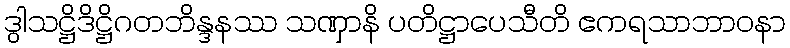
ဒွါသဋ္ဌိဒိဋ္ဌိဂတဘိန္ဒနဿ သဏှာနိ ပတိဋ္ဌာပေသီတိ ဧကရသာဘာဝနာ